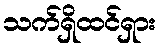
သက်ရှိထင်ရှား